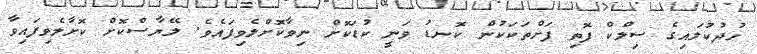
ހުދުކުލައިގެ ސިލްކް ފޮތި ފަށްތަކަކުން ކޮނޑު ވަނީ ކުޑަކޮށް ނިވާކޮށްލެވިފައެވެ. ލޭޔާސްކޮށް ކޮށާލެވިފައިވާ